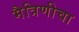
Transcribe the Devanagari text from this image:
मैत्रिणीचा